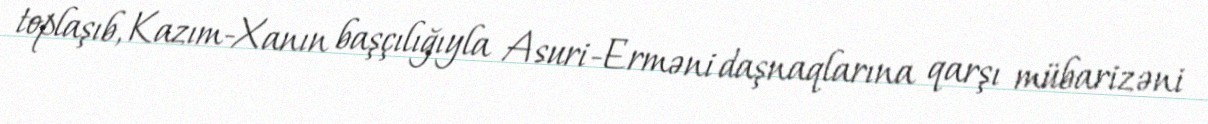
toplaşıb, Kazım-Xanın başçılığıyla Asuri-Erməni daşnaqlarına qarşı mübarizəni